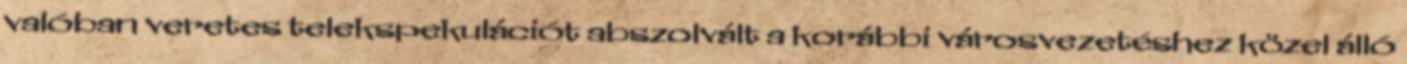
valóban veretes telekspekulációt abszolvált a korábbi városvezetéshez közel álló